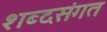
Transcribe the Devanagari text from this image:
शब्दसंगत